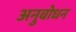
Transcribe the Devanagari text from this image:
अनुबोधन